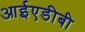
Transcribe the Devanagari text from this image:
आईएडीबी